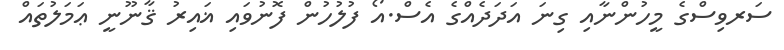
ސަރވިސްގެ މީހުންނާއި ގިނަ އަދަދެއްގެ އެސް.އޯ ފުލުހުން ފޮނުވައި ޣައިރު ޤާނޫނީ ޢަމަލުތައް